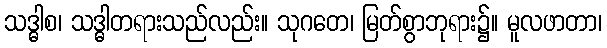
သဒ္ဓါစ၊ သဒ္ဓါတရားသည်လည်း။ သုဂတေ၊ မြတ်စွာဘုရား၌။ မူလဖာတာ၊